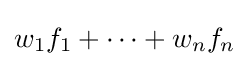
w_{1}f_{1}+\cdots +w_{n}f_{n}